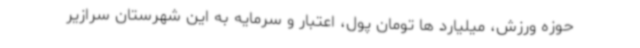
حوزه ورزش، میلیارد ها تومان پول، اعتبار و سرمایه به این شهرستان سرازیر